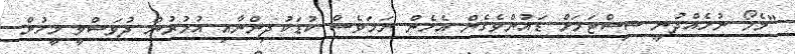
"މެމޯ ނުހެއްދުނީ ސިސްޓަމަށް ޑައުންވެގެން އެހެން ނަމަވެސް ކުޑަކުދިންނާއި އުމުރުން ދުވަސްވީ މީހުން